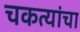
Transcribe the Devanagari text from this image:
चकत्यांचा